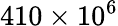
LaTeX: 410\times 10^{6}